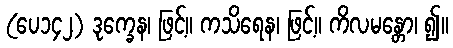
(ပေ၁၄၂) ဒုက္ခေန၊ ဖြင့်။ ကသိရေန၊ ဖြင့်။ ကိလမန္တော၊ ၍။